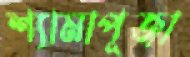
শ্যামাপূজা